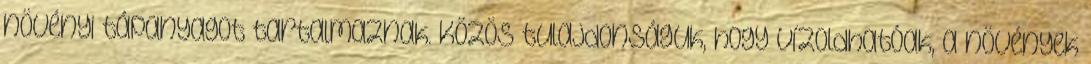
növényi tápanyagot tartalmaznak. Közös tulajdonságuk, hogy vízoldhatóak, a növények